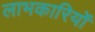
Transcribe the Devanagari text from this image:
लाभकारियों